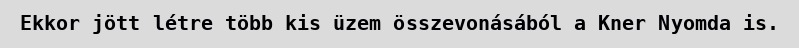
Ekkor jött létre több kis üzem összevonásából a Kner Nyomda is.